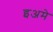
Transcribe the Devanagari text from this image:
इअमे